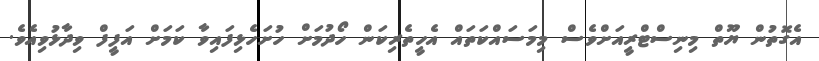
އެގޮތުން ޔޫތް މިނިސްޓްރީއަށްވެސް މިމަސައްކަތައް އެހީތެރިކަން ހޯދުމަށް ހުށަހެޅިފައިވާ ކަމަށް އަފީފް ވިދާޅުވިއެވެ.